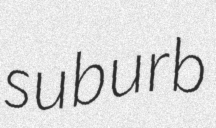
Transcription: suburb